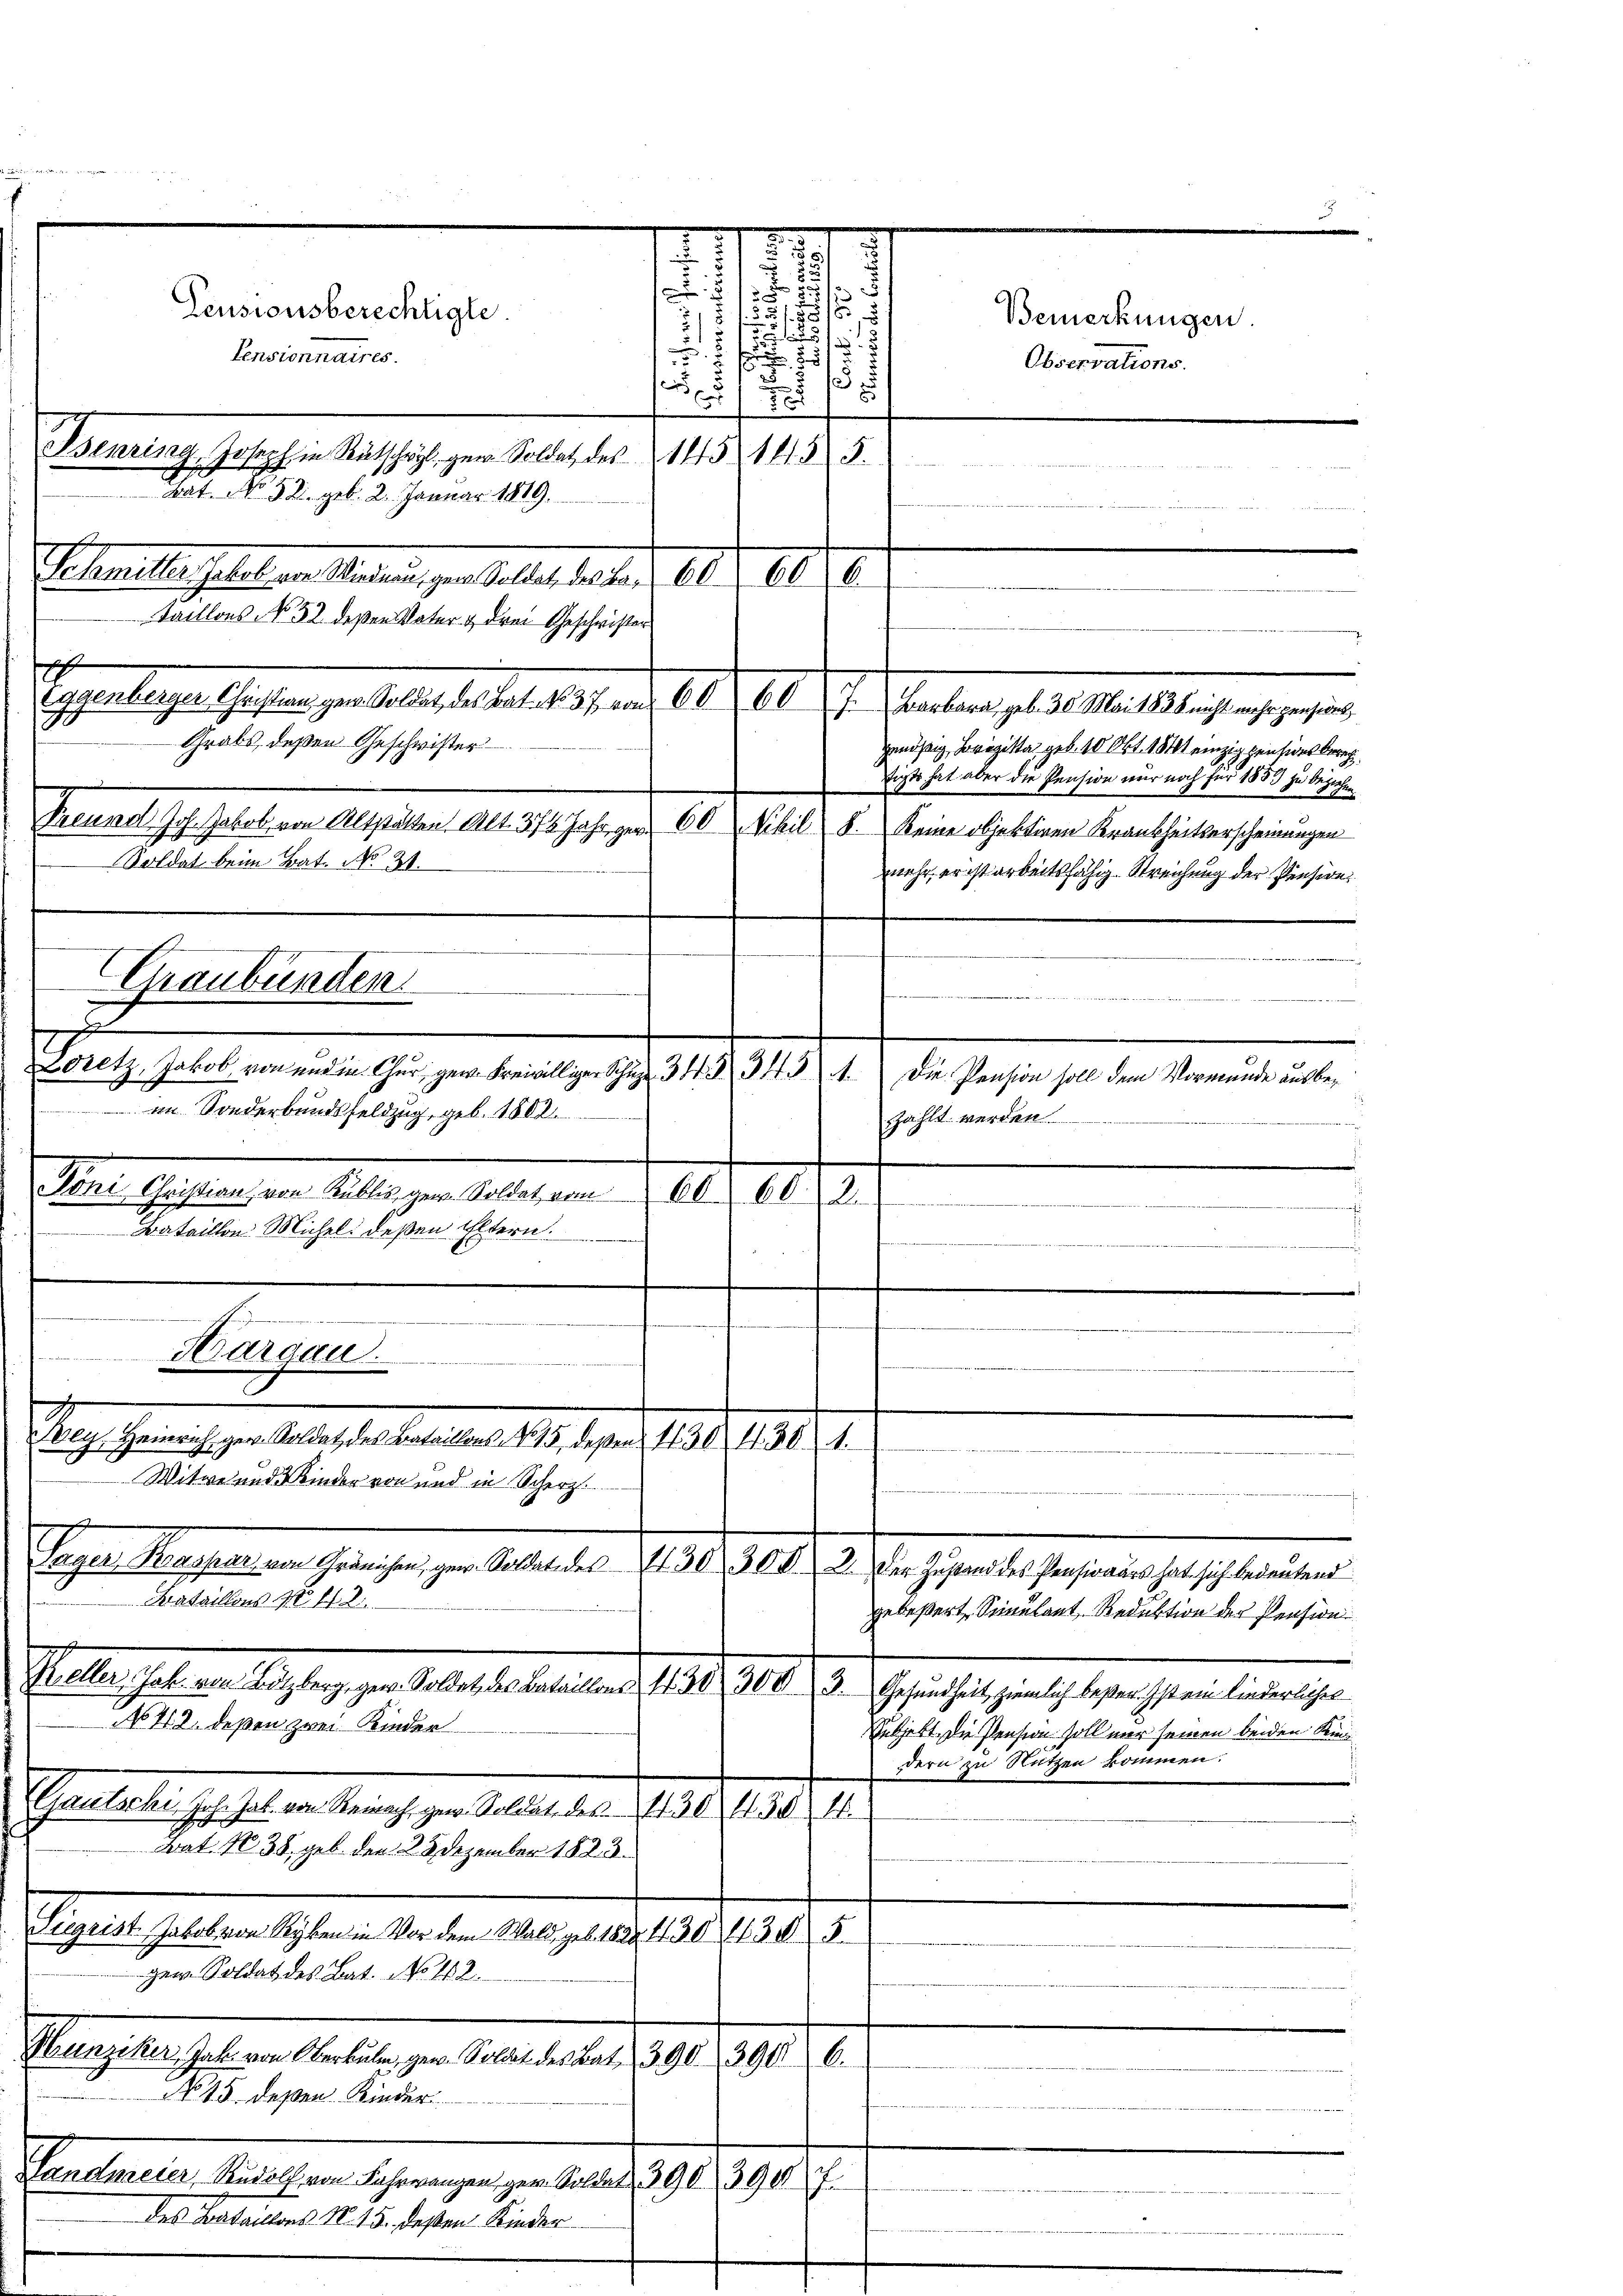
¬

Pensionsberechtigte.
Pensionnaires.
Bsenring, Joseph in Rutschwyl gen. Soldat des 151455.
Bat. No 52. geb. 2. Januar 1819.
Schmitte Gebet von Meinen gen Stellt, das er d. 10. d. 11. 10.
Faillons No 52 deßen Vater & drei Geschrister
s
Eggenberger Christen zum Soldet, des Bat. 137. von 6. d. 6. d. J. Barbara, geb. 30. Mai 1856 nicht mehr gesund,
Grabs, deßen Geschwister
Freundl. Joh. Jakob von Altstalten Al. 374. Jahrgen 60 Schil 5. Seine objektinen Krankheitserscheinungen
Soldat beim Bat. No 31.
Graubünden.
u
u
Loretz, Jakob, von und in Chur, gew. Freilliger Schaz 34 § 345 . Die Pension soll dem Vormunde ausbeim Sonderbundsfeldzug, geb. 1802.
zählt werden
Sein Gesung ein liegen Falle ein . . . . 102.
Bataillon Michel. deßen Eltern.

.

e
e
ey, Heinrich gen. Soldat des Bataillons No 15. deßen 430 f. 301.

a
Witwe und Kinder von und in Scherz

Gyger Massen in Ganzen zur Anstalter 1791. 14. d. d. Marchsten bestehen ehelich einen
Bataillons No. 442.
gebeßert, Senulant, Reduktion der Pension
Heller, habe von Bolzberg, gere Sollet, des Beteilen d. 7. d. 208. 3. Gesundheit ziemlich bester ist ein liederlichen
No 41. 2. deßen zwei Kinder
Subjekt die Pension soll nur seinen beiden Kindern zu Nutzen kommen.
Gautschi Joh. Jak. von Reinach gew. Soldate des 130 f. 304.
Bat. No 38, geb. den 23 Dezember 1823.
Siegrist. Jakob von Reyben in Vor dem Wald, geb. 1822 f 30 (1305
gew. Soldat des Bat. No 112.
Paragen Jahren halten er selbe alten.
1/2
390.
No 15. deßen Kinder
Ventierten Basel an es wenigen zu der 1891 1890. I.
 des Bataillons N. 15. deßen Kinder

Margau.

7
1
.

u

r
2
85

e
1

Bemerkungen.
Observations.

genößig, Horizista geb. 10 Okt. 1841 einzig pensiert berech
tigt hat aber die Pension nur noch für 1857 zu beziehen
mehr, er ist arbeitsfähig. Streichung der Pension